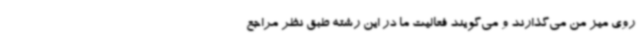
روی میز من می‌گذارند و می‌گویند فعالیت ما در این رشته طبق نظر مراجع